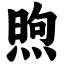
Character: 煦